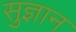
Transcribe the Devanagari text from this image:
सुज्ञान